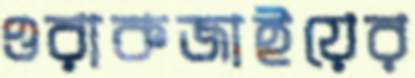
ওরাকজাইয়ের